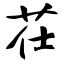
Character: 茌